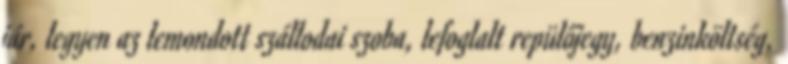
jár, legyen az lemondott szállodai szoba, lefoglalt repülőjegy, benzinköltség,